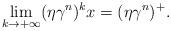
LaTeX: \begin{align*} \lim_{k\rightarrow +\infty}(\eta\gamma^n)^k x=(\eta\gamma^n)^+.\end{align*}